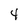
Character: 4